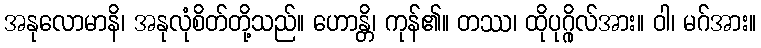
အနုလောမာနိ၊ အနုလုံစိတ်တို့သည်။ ဟောန္တိ၊ ကုန်၏။ တဿ၊ ထိုပုဂ္ဂိုလ်အား။ ဝါ၊ မဂ်အား။